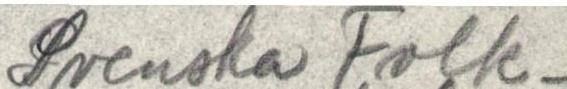
Svenska Folk-